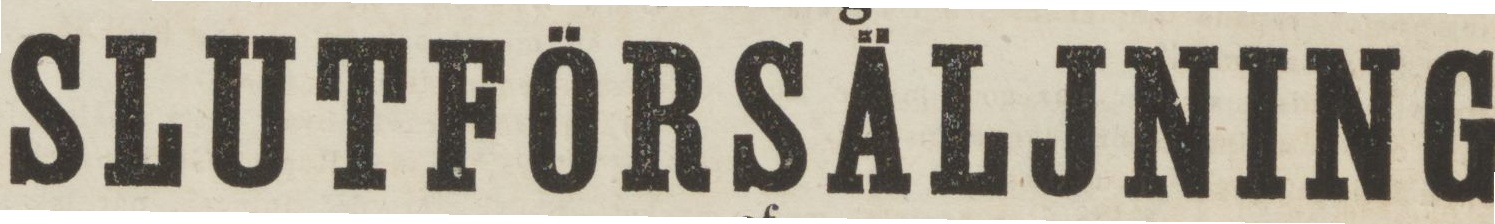
SLUTFÖRSÄLJNING